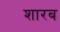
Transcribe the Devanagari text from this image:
शारब